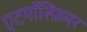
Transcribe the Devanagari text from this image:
एटमॉस्फ़ियर